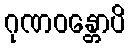
ဂုဏဝန္တောပိ